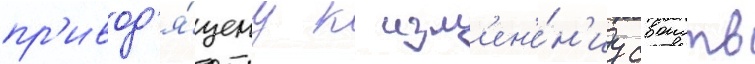
пр'ивод'я́щему к изм'ен'е́н'иу своиств